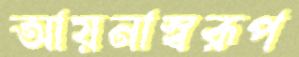
আয়নাস্বরূপ